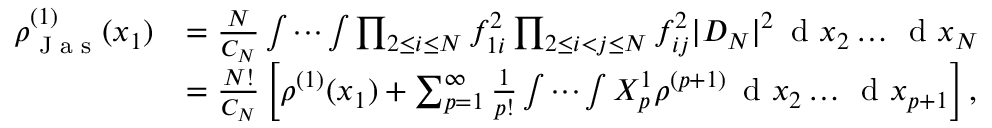
\begin{array} { r l } { \rho _ { \textnormal { J a s } } ^ { ( 1 ) } ( x _ { 1 } ) } & { = \frac { N } { C _ { N } } \idotsint \prod _ { 2 \leq i \leq N } f _ { 1 i } ^ { 2 } \prod _ { 2 \leq i < j \leq N } f _ { i j } ^ { 2 } | D _ { N } | ^ { 2 } \, \textnormal { d } x _ { 2 } \ldots \, \textnormal { d } x _ { N } } \\ & { = \frac { N ! } { C _ { N } } \left[ \rho ^ { ( 1 ) } ( x _ { 1 } ) + \sum _ { p = 1 } ^ { \infty } \frac { 1 } { p ! } \idotsint X _ { p } ^ { 1 } \rho ^ { ( p + 1 ) } \, \textnormal { d } x _ { 2 } \ldots \, \textnormal { d } x _ { p + 1 } \right] , } \end{array}